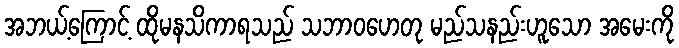
အဘယ့်ကြောင့် ထိုမနသိကာရသည် သဘာဝဟေတု မည်သနည်းဟူသော အမေးကို